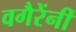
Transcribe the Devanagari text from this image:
वगैरेंनीं